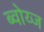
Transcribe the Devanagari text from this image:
ब्वोय्ज